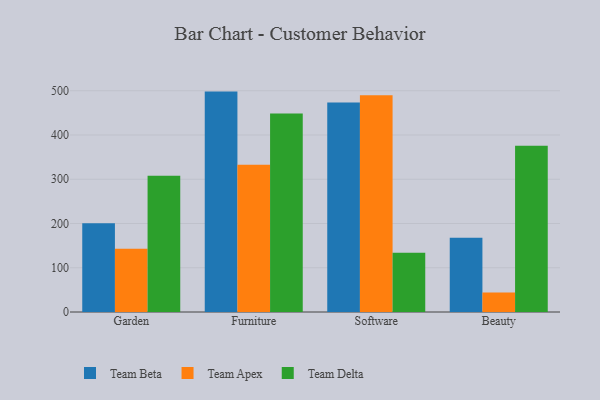
{"axis": {"x": "Category", "y": "Shipments"}, "legend": ["Team Apex", "Team Beta", "Team Delta"], "data": [{"x": "Garden", "y": 200.3, "type": "Team Beta"}, {"x": "Garden", "y": 143.0, "type": "Team Apex"}, {"x": "Garden", "y": 308.0, "type": "Team Delta"}, {"x": "Furniture", "y": 498.1, "type": "Team Beta"}, {"x": "Furniture", "y": 332.8, "type": "Team Apex"}, {"x": "Furniture", "y": 448.4, "type": "Team Delta"}, {"x": "Software", "y": 473.6, "type": "Team Beta"}, {"x": "Software", "y": 489.7, "type": "Team Apex"}, {"x": "Software", "y": 133.7, "type": "Team Delta"}, {"x": "Beauty", "y": 168.0, "type": "Team Beta"}, {"x": "Beauty", "y": 44.0, "type": "Team Apex"}, {"x": "Beauty", "y": 375.7, "type": "Team Delta"}]}